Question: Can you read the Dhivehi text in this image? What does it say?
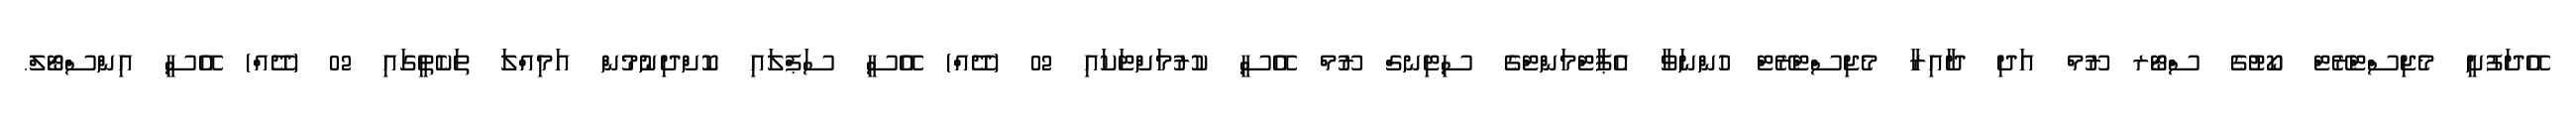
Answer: އޭދަފުށީ މެޖިސްޓްރޭޓް ކޯޓުގެ ސްޓޯރ ރޫމް އަދި ދާއިރާ މެޖިސްޓްރޭޓް ހުންނަވާ އެޕާޓްމަންޓްގެ ސިޓިނގް ރޫމް އޭސީ ކުރުމަށްޓަކައި 02 (ދޭއް) އޭސީ ސަޕްލައި ކޮށްދިނުމުން އަމިއްލަ ތަކެތީގައި 02 (ދޭއް) އޭސީ އިންސްޓޯލް.